Jarvakandi_vallavalitsus, lk 82
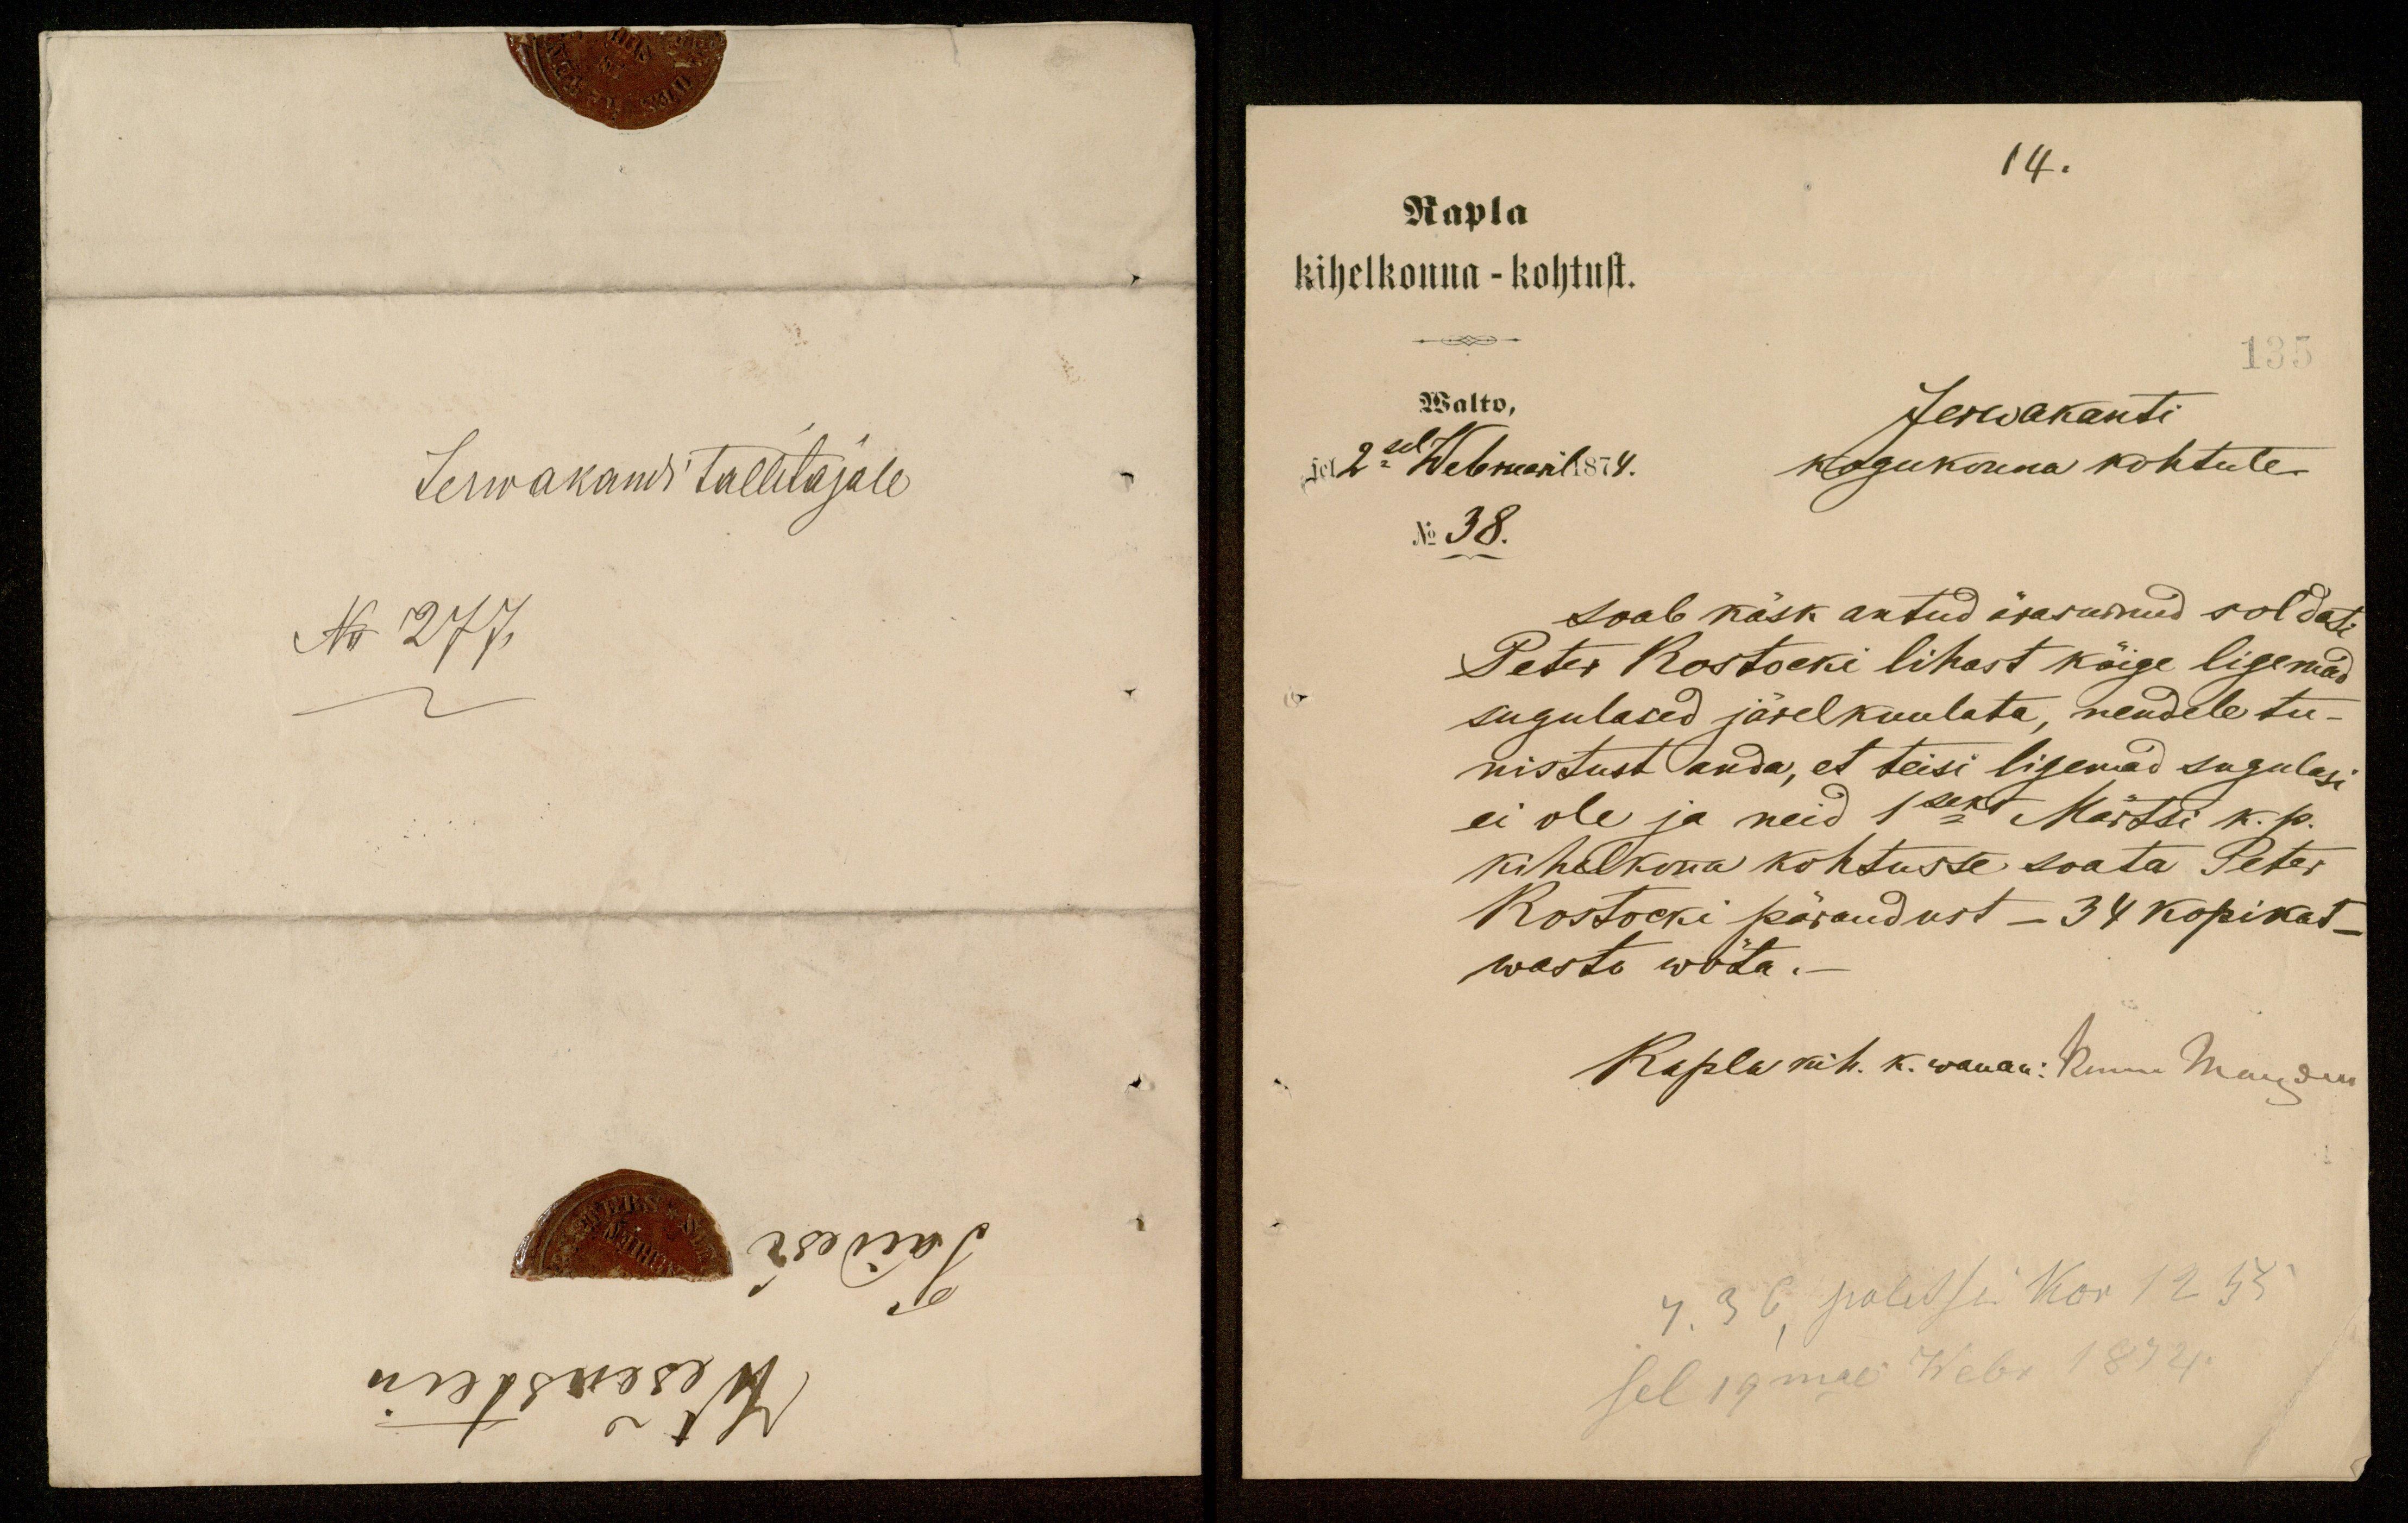
Jerwakandi tallitajale
No 277

14.
Rapla
kihelkonna - kohtust.
135
Walto,
Jerwakanti
sel 2sel Webruaril 1874.
kogukonna kohtule
No 38.
saab käsk antud ära surnud soldati
Peter Rostocki lihast kõige ligemad
sugulased järelkuulata, nendele tu-
nistust anda, et teisi ligemad sugulasi
ei ole ja neid 1seks Märtsi k. p.
kihelkona kohtusse saata Peter
Rostocki pärandust - 34 kopikat-
wasto wõta.-
Rapla kih. k. wanaa: Nenne Maudres
4. 36, polidsei. Kor 12 38
sel 19mal Webr 1874.